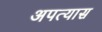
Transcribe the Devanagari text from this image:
अपत्यास